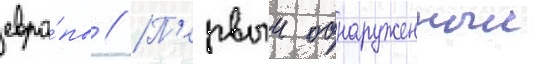
евро́пы // П'ервыи обнаруженныи